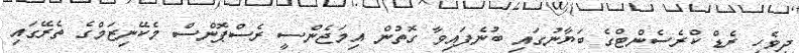
ދިވެހި ރެޑް ކްރެސެންޓްގެ ބަޔާނުގައި ބުނެފައިވާ ގޮތުން އިމަޖެންސީ ރެސްޕޮންސް މެކޭނިޒަމްގެ ތެރޭގައި